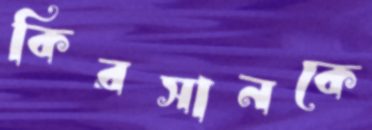
কিরসানকে